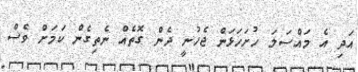
އަދި އެ މައްސަލަ ހުށަހަޅަން ޖެހުނީ ދެން ގޮތެއް ނެތިގެން ކަމަށް ވެސް